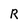
Character: R